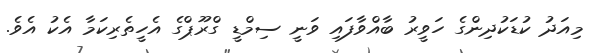
މިއަދު ކުޑަކުދިންގެ ހަވީރު ބާއްވާފައި ވަނީ ސިމްޑީ ގްރޫޕްގެ އެހީތެރިކަމާ އެކު އެވެ.